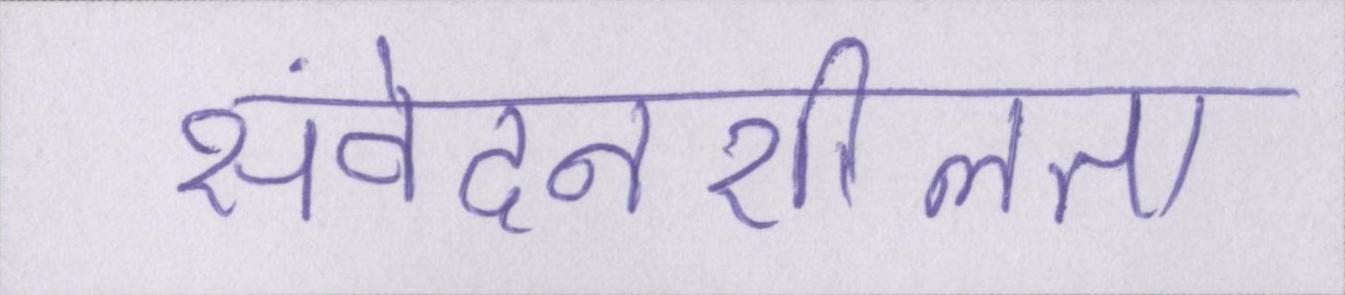
संवेदनशीलता